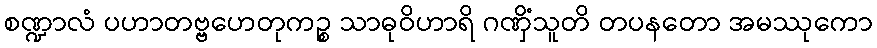
စဏ္ဍာလံ ပဟာတဗ္ဗဟေတုကဉ္စ သာဓုဝိဟာရိ ဂဏှိံသူတိ တပနတော အမဿုကော